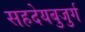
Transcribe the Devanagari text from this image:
सहदेयबुजुर्ग